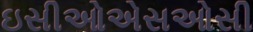
ઇસીઓએસઓસી